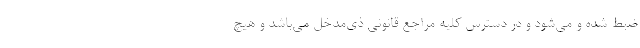
ضبط شده و مي‌شود و در دسترس كليه مراجع قانوني ذي‌مدخل مي‌باشد و هيچ